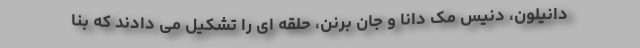
دانیلون، دنیس مک دانا و جان برنن، حلقه ای را تشکیل می دادند که بنا